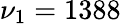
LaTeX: \nu_{1}=1388